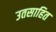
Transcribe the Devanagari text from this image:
उतसाहित